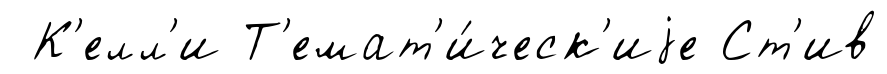
К'елл'и Т'емат'и́ческ'иjе Ст'ив